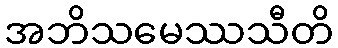
အဘိသမေဿသီတိ